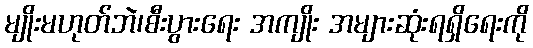
မျိုးမဟုတ်ဘဲ၊စီးပွားရေး အကျိုး အများဆုံးရရှိရေးကို